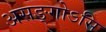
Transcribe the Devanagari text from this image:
असङ्गोऽसि